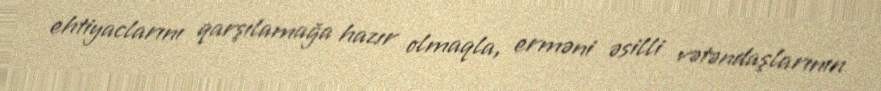
ehtiyaclarını qarşılamağa hazır olmaqla, erməni əsilli vətəndaşlarının